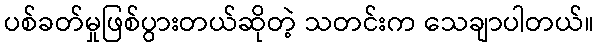
ပစ်ခတ်မှုဖြစ်ပွားတယ်ဆိုတဲ့ သတင်းက သေချာပါတယ်။